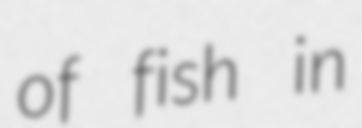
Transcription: of fish in